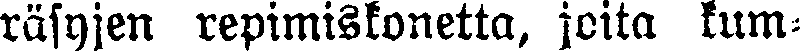
räsyjen repimiskonetta, joita kum-